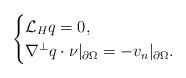
LaTeX: \begin{align*}\begin{cases}\mathcal{L}_H q=0,\\\nabla^{\perp} q\cdot\nu|_{\partial \Omega}=-v_n|_{\partial \Omega}. \\\end{cases}\end{align*}